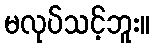
မလုပ်သင့်ဘူး။